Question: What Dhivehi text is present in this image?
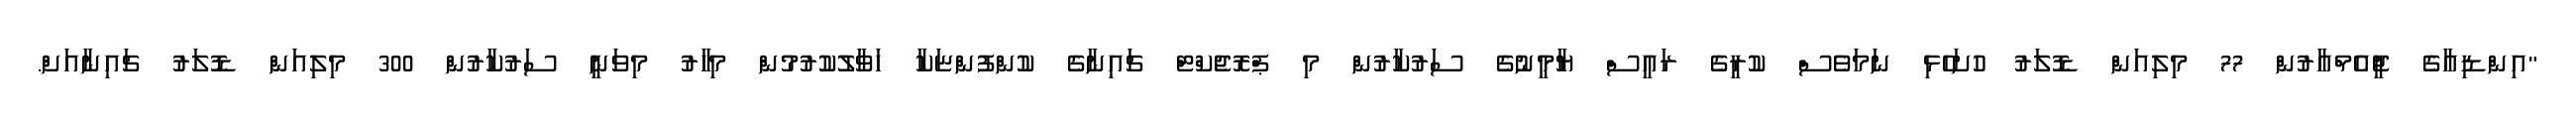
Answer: "އިންޑިއާގެ ޖީއެމްއާރުން 77 މިލިއަން ޑޮލަރު ހުށަހެޅި ނަމަވެސް ކުރީގެ ރައީސް ޔާމީނުގެ ސަރުކާރުން މި ޕްރޮޖެކްޓް ޗައިނާގެ ކުންފުންޏަކާ ހަވާލުކުރުމުން މިހާރު މިވަނީ ސަރުކާރުން 300 މިލިއަން ޑޮލަރު ޗައިނާއަށް.